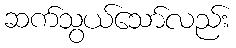
ဆက်သွယ်သော်လည်း